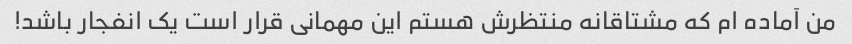
من آماده ام که مشتاقانه منتظرش هستم این مهمانی قرار است یک انفجار باشد!